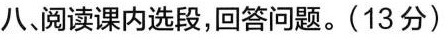
八阅读课内选段，回答问题。(13分)